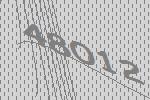
48012